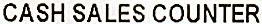
CASH SALES COUNTER